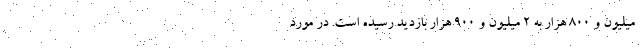
میلیون و ۸۰۰ هزار به ۲ میلیون و ۹۰۰ هزار بازدید رسیده است. در مورد